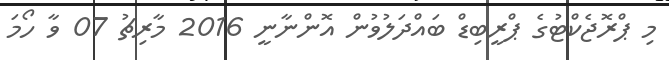
މި ޕްރޮޖެކްޓުގެ ޕްރީބިޑް ބައްދަލުވުން އޮންނާނީ 2016 މާރިޗު 07 ވާ ހޯމަ